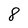
Character: 8